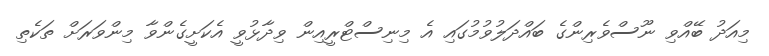
މިއަދު ބޭއްވި ނޫސްވެރިންގެ ބައްދަލުވުމުގައި އެ މިނިސްޓްރީއިން ވިދާޅުވީ އެކަށީގެންވާ މިންވަރަށް ތަކެތި